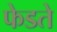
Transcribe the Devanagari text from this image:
फेडते